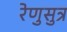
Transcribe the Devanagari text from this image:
रेणुसुत्र